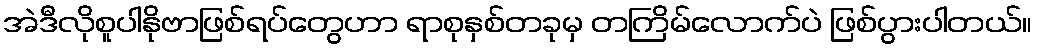
အဲဒီလိုစူပါနိုဗာဖြစ်ရပ်တွေဟာ ရာစုနှစ်တခုမှ တကြိမ်လောက်ပဲ ဖြစ်ပွားပါတယ်။